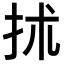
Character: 𢫖